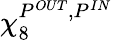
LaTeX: \chi_{8}^{P^{OUT},P^{IN}}